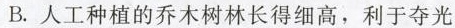
B.人工种植的乔木树林长得细高，利于夺光